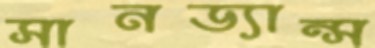
সানড্যান্স